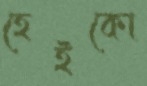
হেইকো